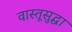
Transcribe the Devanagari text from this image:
वास्तूसुद्धा